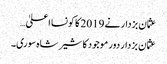
عثمان بزدار نے 2019 کا کونسا اعلیٰ…
عثمان بزدار دور موجود کا شیر شاہ سوری۔